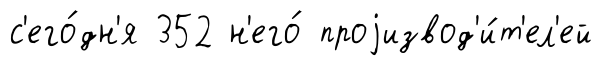
с'его́дн'я 352 н'его́ проjизвод'и́т'ел'ей